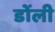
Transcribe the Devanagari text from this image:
डोंली